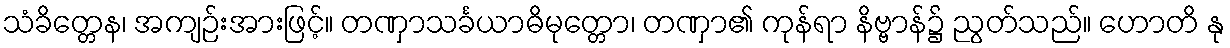
သံခိတ္တေန၊ အကျဉ်းအားဖြင့်။ တဏှာသင်္ခယာဓိမုတ္တော၊ တဏှာ၏ ကုန်ရာ နိဗ္ဗာန်၌ ညွတ်သည်။ ဟောတိ နု